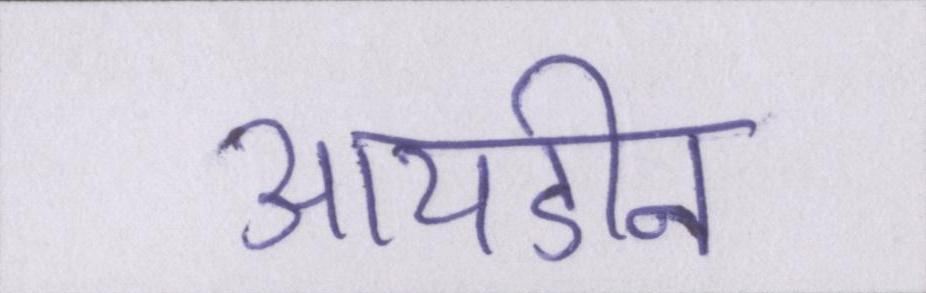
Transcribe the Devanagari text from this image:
आयडीन